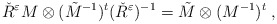
\begin{align*}\check{R}^{\varepsilon} M \otimes (\tilde{M}^{-1})^t(\check{R}^{\varepsilon})^{-1}= \tilde{M} \otimes (M^{-1})^t\;,\end{align*}